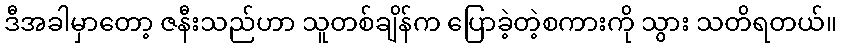
ဒီအခါမှာတော့ ဇနီးသည်ဟာ သူတစ်ချိန်က ပြောခဲ့တဲ့စကားကို သွား သတိရတယ်။